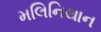
મલિનિથાન